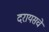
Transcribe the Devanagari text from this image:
दरायसचे